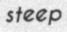
steep